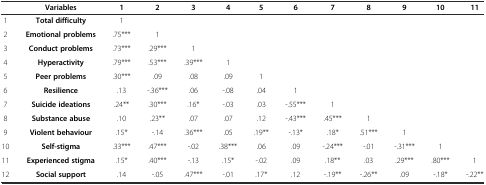
|  | Variables | 1 | 2 | 3 | 4 | 5 | 6 | 7 | 8 | 9 | 10 | 11 |
 | --- | --- | --- | --- | --- | --- | --- | --- | --- | --- | --- | --- | --- |
 | 1 | Total difficulty | 1 |  |  |  |  |  |  |  |  |  |  |
 | 2 | Emotional problems | .75*** | 1 |  |  |  |  |  |  |  |  |  |
 | 3 | Conduct problems | .73*** | .29*** | 1 |  |  |  |  |  |  |  |  |
 | 4 | Hyperactivity | .79*** | .53*** | .39*** | 1 |  |  |  |  |  |  |  |
 | 5 | Peer problems | .30*** | .09 | .08 | .09 | 1 |  |  |  |  |  |  |
 | 6 | Resilience | .13 | -.36*** | .06 | -.08 | .04 | 1 |  |  |  |  |  |
 | 7 | Suicide ideations | .24** | .30*** | .16* | -.03 | .03 | -.55*** | 1 |  |  |  |  |
 | 8 | Substance abuse | .10 | .23** | .07 | .07 | .12 | -.43*** | .45*** | 1 |  |  |  |
 | 9 | Violent behaviour | .15* | -.14 | .36*** | .05 | .19** | -.13* | .18* | .51*** | 1 |  |  |
 | 10 | Self-stigma | .33*** | .47*** | -.02 | .38*** | .06 | .09 | -.24*** | -.01 | -.31*** | 1 |  |
 | 11 | Experienced stigma | .15* | .40*** | -.13 | .15* | -.02 | .09 | .18** | .03 | .29*** | .80*** | 1 |
 | 12 | Social support | .14 | -.05 | .47*** | -.01 | .17* | .12 | -.19** | -.26** | .09 | -.18* | -.22** |